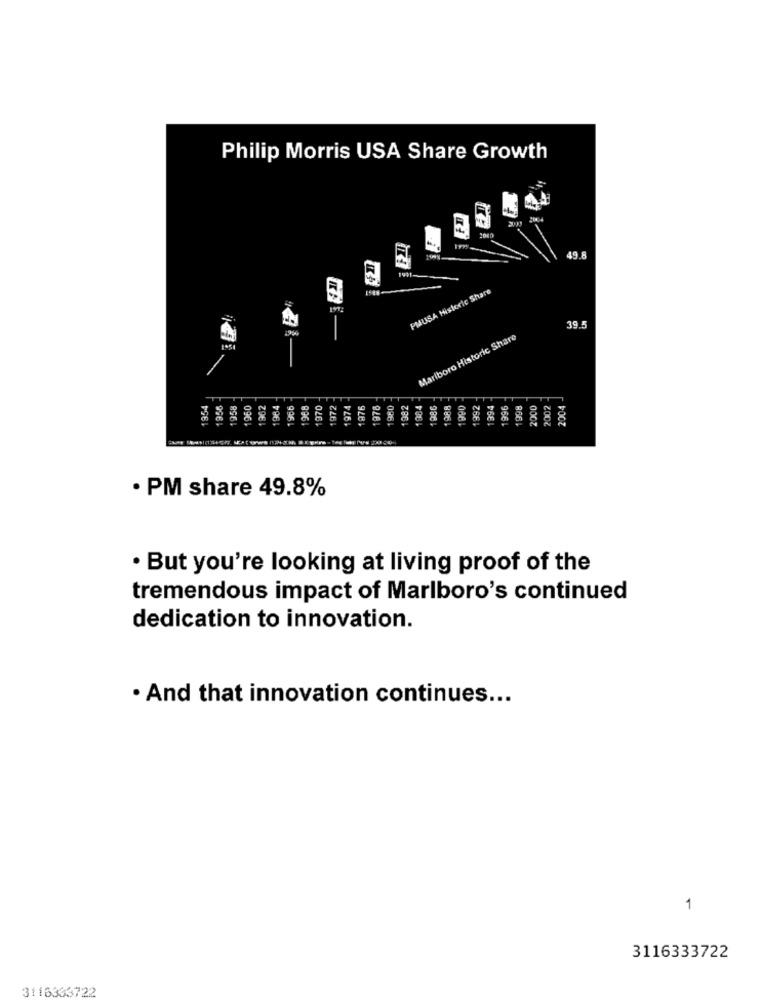
Philip Morris USA Share Growth
PMUSA Historie Share
39.5
Marlboro Historic Share
1954
1956
1958
1960
1962
1984
966
1988
1970
1972
1974
1976
1978
980
982
1984
1986
1988
1992
994
1996
1998
2000
2002
2004
088
· PM share 49.8%
. But you're looking at living proof of the
tremendous impact of Marlboro's continued
dedication to innovation.
· And that innovation continues ...
1
3116333722
3116333722